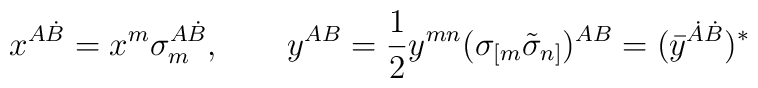
x^{A\dot{B}}=x^m\sigma_m^{A\dot{B}}, \qquad {y}^{AB}={1 \over 2} y^{mn}(\sigma_{[m}\tilde\sigma_{n]})^{A{B}} = ( \bar{y}^{\dot{A}\dot{B}})^*